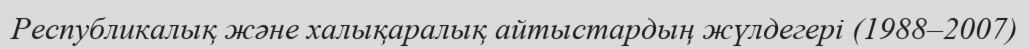
Республикалық және халықаралық айтыстардың жүлдегері (1988–2007)